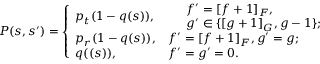
P ( s , s ^ { \prime } ) = \left\{ \begin{array} { l l } { p _ { t } ( 1 - q ( s ) ) , } & { \begin{array} { r l } & { f ^ { \prime } = [ f + 1 ] _ { F } , } \\ & { g ^ { \prime } \in \{ [ g + 1 ] _ { G } , g - 1 \} ; } \end{array} } \\ { p _ { r } ( 1 - q ( s ) ) , } & { f ^ { \prime } = [ f + 1 ] _ { F } , g ^ { \prime } = g ; } \\ { q ( ( s ) ) , } & { f ^ { \prime } = g ^ { \prime } = 0 . } \end{array} \right.